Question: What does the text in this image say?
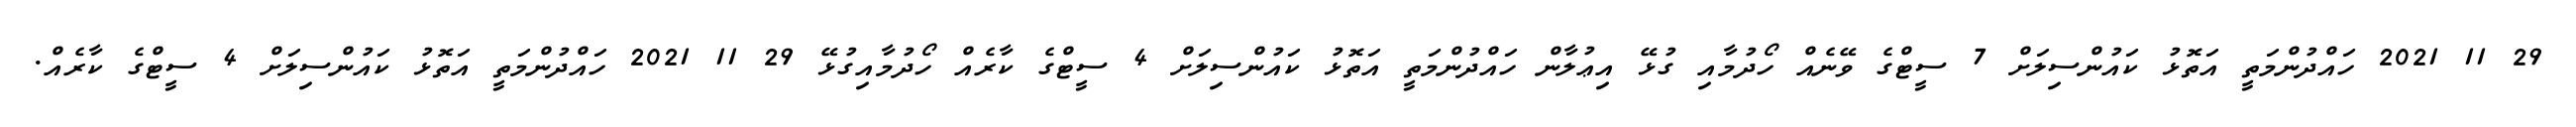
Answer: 29 11 2021 ހައްދުންމަތީ އަތޮޅު ކައުންސިލަށް 7 ސީޓްގެ ވޭނެއް ހޯދުމާއި ގުޅޭ އިޢުލާން ހައްދުންމަތީ އަތޮޅު ކައުންސިލަށް 4 ސީޓްގެ ކާރެއް ހޯދުމާއިގުޅޭ 29 11 2021 ހައްދުންމަތީ އަތޮޅު ކައުންސިލަށް 4 ސީޓްގެ ކާރެއް.